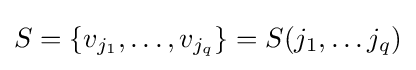
S=\{v_{j_{1}},\ldots ,v_{j_{q}}\}=S(j_{1},\ldots j_{q})